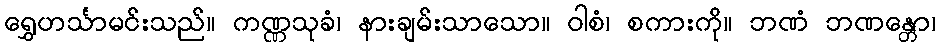
ရွှေဟင်္သာမင်းသည်။ ကဏ္ဏသုခံ၊ နားချမ်းသာသော။ ဝါစံ၊ စကားကို။ ဘဏံ ဘဏန္တော၊